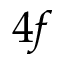
4 f